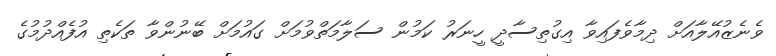
ވެނެޒުއޭލާއަށް ދިމާވެފައިވާ އިގުތިސާދީ ހީނަރު ކަމުން ސަލާމަތްވުމަށް ގައުމަށް ބޭނުންވާ ތަކެތި އުފެއްދުމުގެ